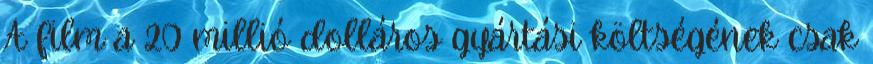
A film a 20 millió dolláros gyártási költségének csak